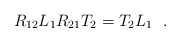
\begin{align*}R_{12}L_{1}R_{21}T_{2}=T_{2}L_{1}~~. \end{align*}